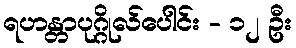
ရဟန္တာပုဂ္ဂိုလ်ပေါင်း - ၁၂ ဦး